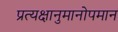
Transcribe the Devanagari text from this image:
प्रत्यक्षानुमानोपमान